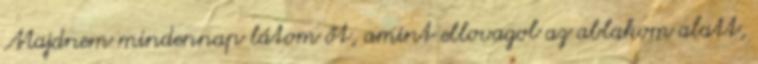
Majdnem mindennap látom őt, amint ellovagol az ablakom alatt,